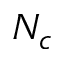
N _ { c }